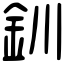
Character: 釧